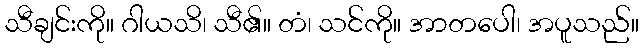
သီချင်းကို။ ဂါယသိ၊ သီ၏။ တံ၊ သင်ကို။ အာတပေါ၊ အပူသည်။